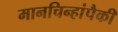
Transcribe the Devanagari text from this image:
मानचिन्हांपैकी